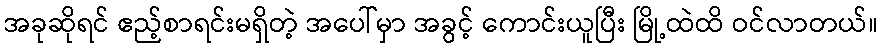
အခုဆိုရင် ဧည့်စာရင်းမရှိတဲ့ အပေါ်မှာ အခွင့် ကောင်းယူပြီး မြို့ထဲထိ ဝင်လာတယ်။